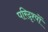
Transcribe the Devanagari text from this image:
परिदृश्‍यों